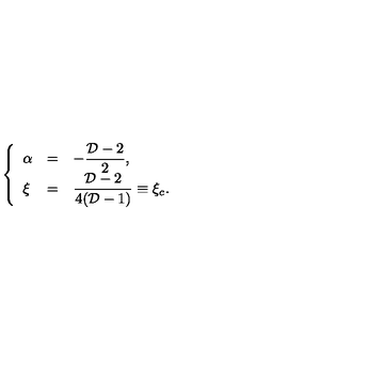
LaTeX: \left\{ \begin{array} { l l l } { \alpha } & { = } & { \displaystyle - { \frac { { \cal D } - 2 } { 2 } } , } \\ { \xi } & { = } & { \displaystyle { \frac { { \cal D } - 2 } { 4 ( { \cal D } - 1 ) } } \equiv \xi _ { c } . } \\ \end{array} \right.